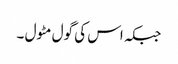
جبکہ اس کی گول مٹول ۔